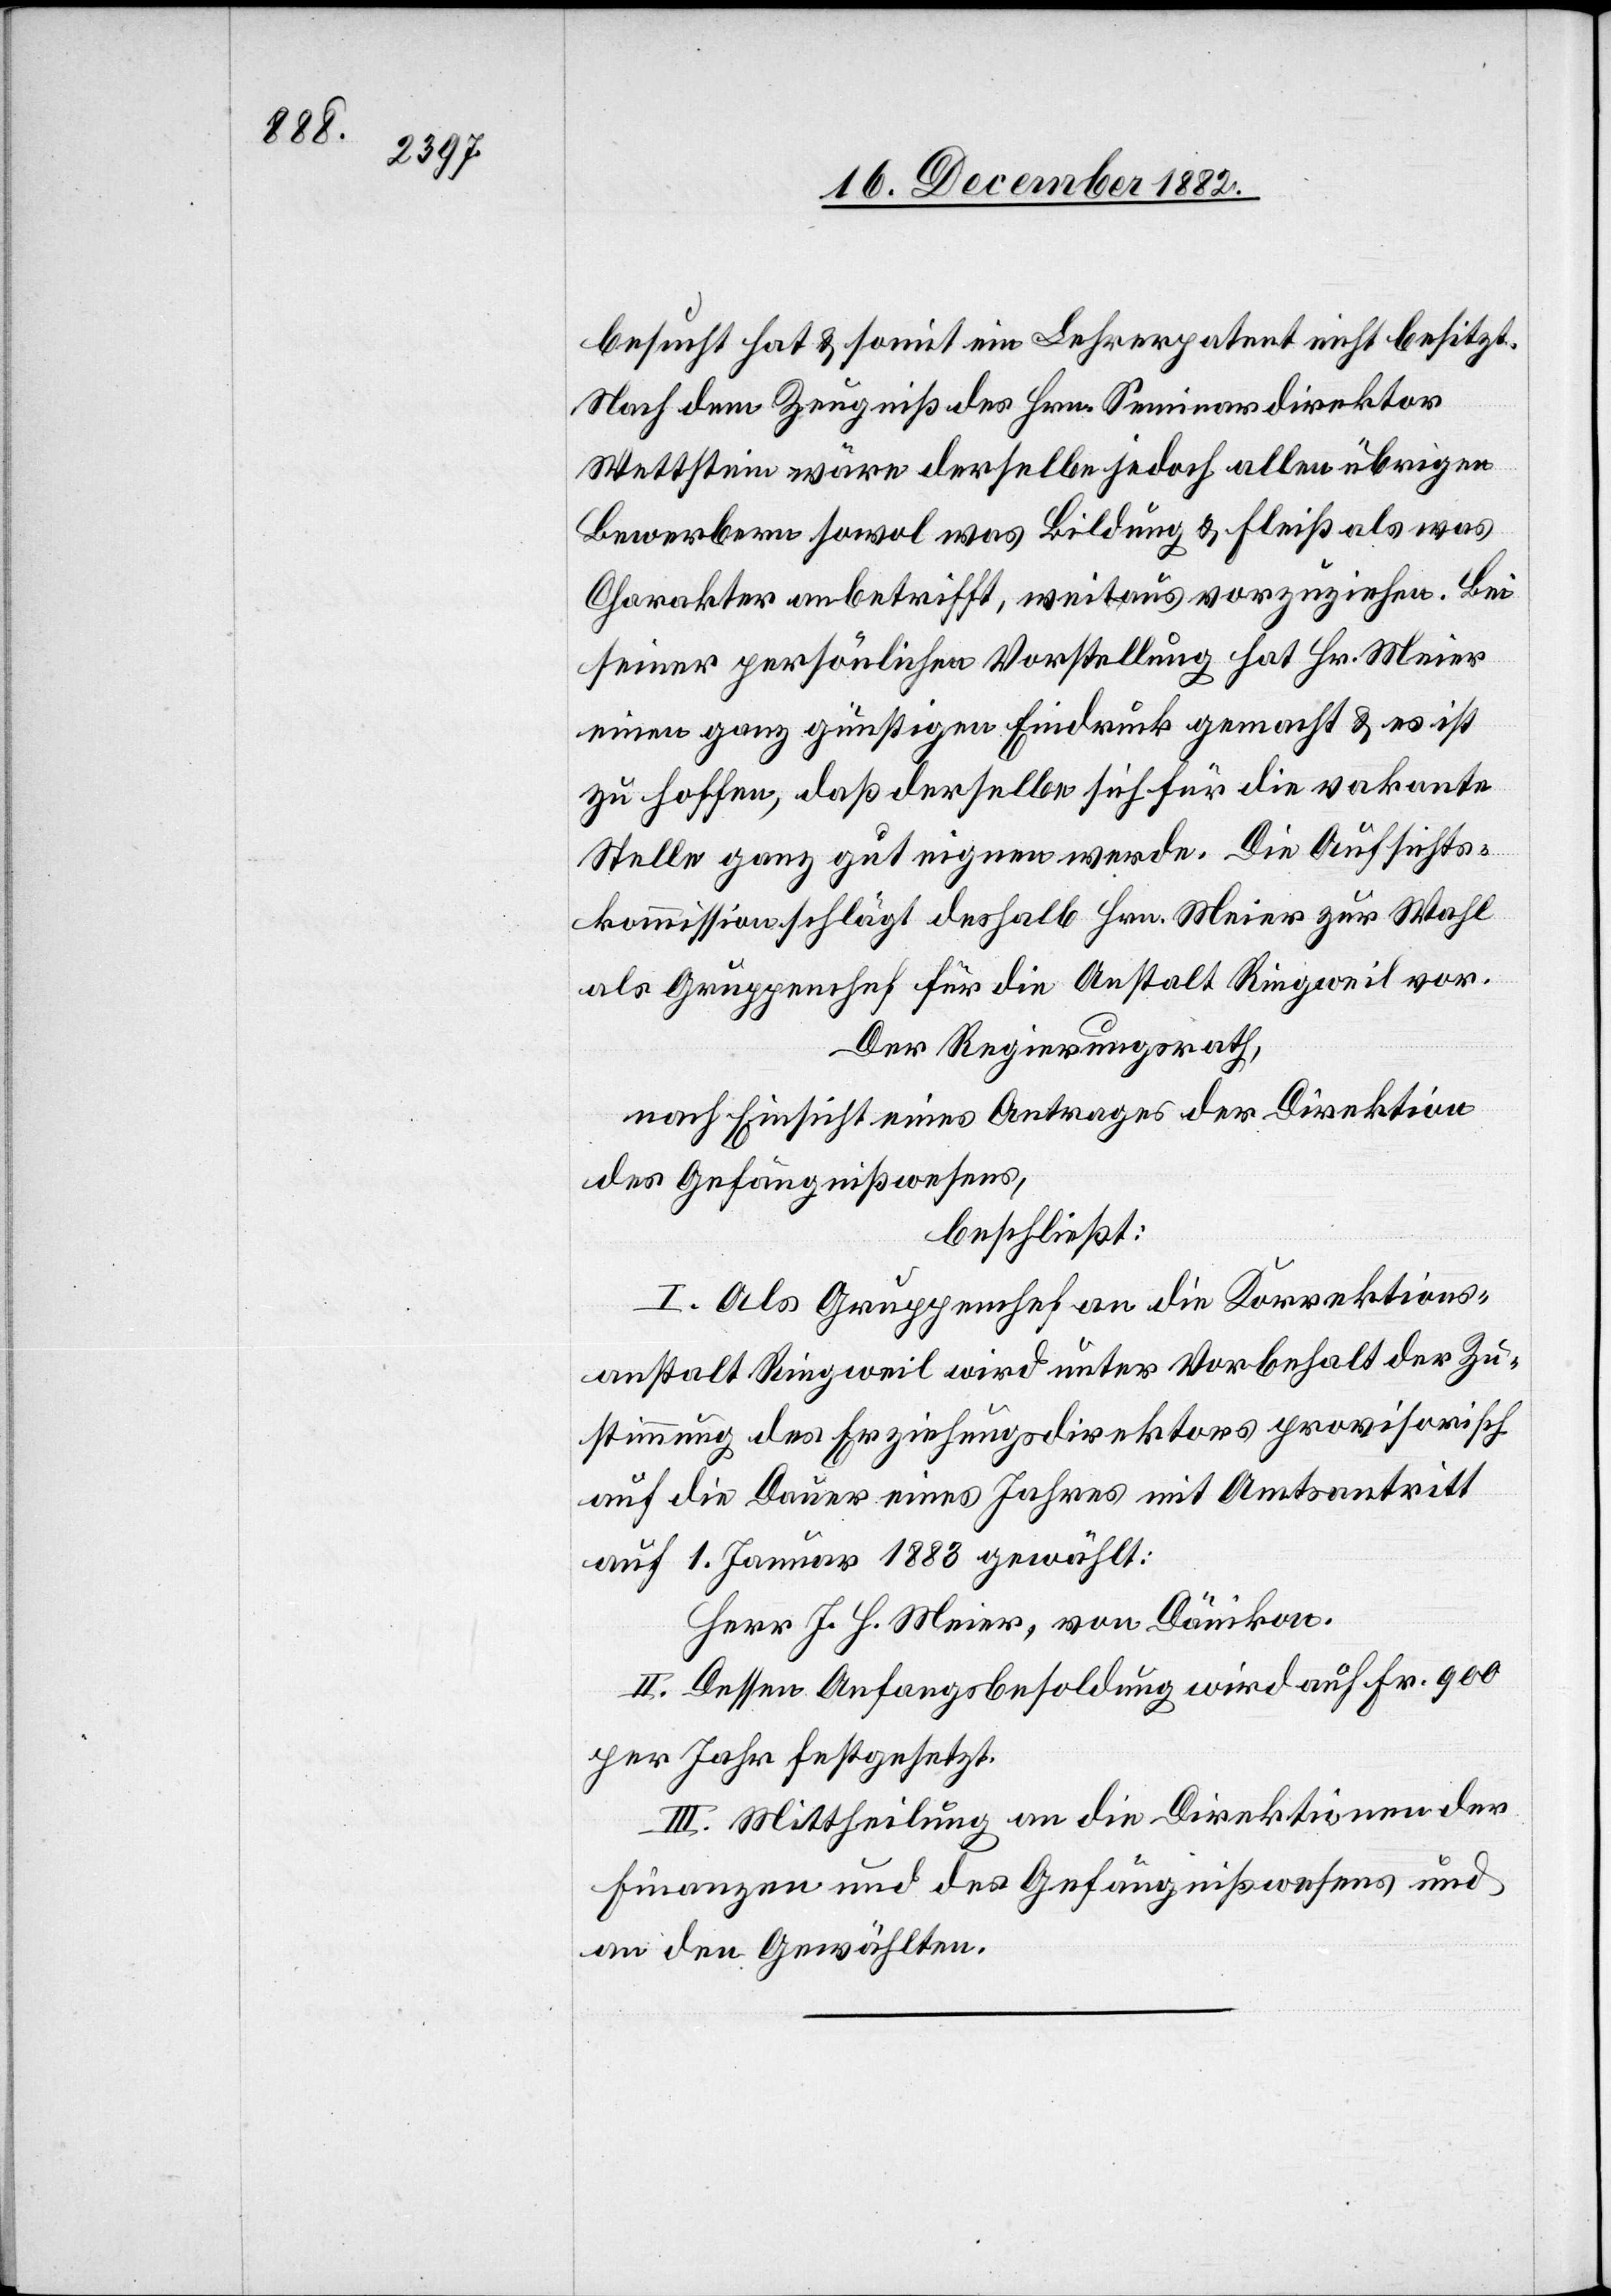
besucht hat & somit ein Lehrerpatent nicht besitzt.
Nach dem Zeugniß des Hrn. Seminardirektor
Wettstein wäre derselbe jedoch allen übrigen
Bewerbern sowol was Bildung & Fleiß als was
Charakter anbetrifft, weitaus vorzuziehen. Bei
seiner persönlichen Vorstellung hat Hr. Meier
einen ganz günstigen Eindruck gemacht & es ist
zu hoffen, daß derselbe sich für die vakante
Stelle ganz gut eigenen werde. Die Aufsichts¬
kommission schlägt deshalb Hrn. Meier zur Wahl
als Gruppenchef für die Anstalt Ringweil vor.
Der Regierungsrath,
nach Einsicht eines Antrages der Direktion
des Gefängnißwesens,
beschließt:
I. Als Gruppenchef an die Korrektions¬
anstalt Ringweil wird unter Vorbehalt der Zu¬
stimmung des Erziehungsdirektors provisorisch
auf die Dauer eines Jahres mit Amtsantritt
auf 1. Januar 1883 gewählt:
Herr J. H. Meier, von Dänikon.
II. Dessen Anfangsbesoldung wird auf Fr. 900
per Jahr festgesetzt.
III. Mittheilung an die Direktionen der
Finanzen und des Gefängnißwesens und
an den Gewählten.